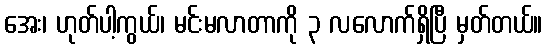
အေး၊ ဟုတ်ပါ့ကွယ်၊ မင်းမလာတာကို ၃ လလောက်ရှိပြီ မှတ်တယ်။